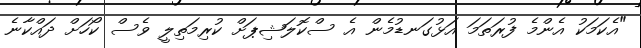
"އެކަމަކު އެންމެ ފުރަތަމަ އަޅުގަނޑުމެން އެ ސްކޮލަޝިޕަށް ކުރިމަތިލީ ވެސް ކޯހަށް ދައްކާނެ